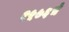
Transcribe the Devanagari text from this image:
१५७६चे